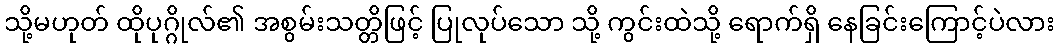
သို့မဟုတ် ထိုပုဂ္ဂိုလ်၏ အစွမ်းသတ္တိဖြင့် ပြုလုပ်သော သို့ ကွင်းထဲသို့ ရောက်ရှိ နေခြင်းကြောင့်ပဲလား